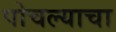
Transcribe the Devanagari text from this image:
पोचल्याचा